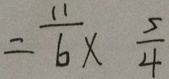
= \frac { 1 1 } { 6 } \times \frac { 5 } { 4 }